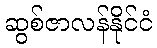
ဆွစ်ဇာလန်နိုင်ငံ